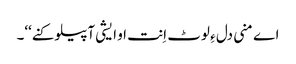
اے منی دل ءِ لوٹ اِنت او ایشی آپیلو کنے‘‘۔